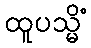
ထူပသ္မိံ